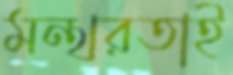
মন্থরতাই